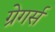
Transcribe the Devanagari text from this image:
ग्रेगर्स